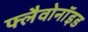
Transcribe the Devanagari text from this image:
फ्लैवोनाॅइड